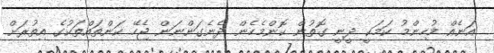
އަނެއް މުހިންމު ކަމަކީ ދީނީ ގޮތުން ކޮންމެހެން ދެނެގަންނަން ޖެހޭ ކަންތައްތަކުގެ އިތުރަށް